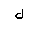
Letter: _lam